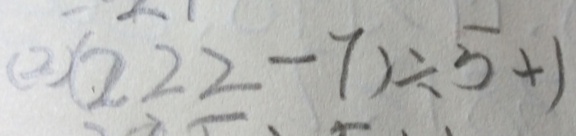
( 2 ) ( 2 2 2 - 7 ) \div 5 + 1